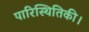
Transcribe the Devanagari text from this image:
पारिस्थितिकी।